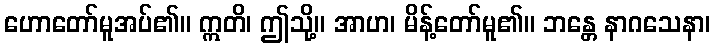
ဟောတော်မူအပ်၏။ ဣတိ၊ ဤသို့။ အာဟ၊ မိန့်တော်မူ၏။ ဘန္တေ နာဂသေနာ၊